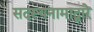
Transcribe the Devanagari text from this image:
सदस्यनामाद्वारे